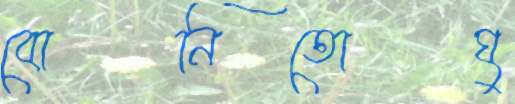
বোনিতোঘু